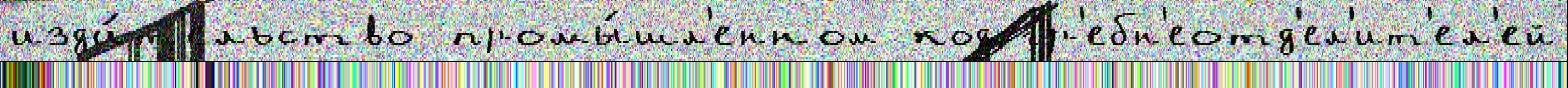
изда́т'ельство промы́шл'енном код гр'ебн'еотд'ел'ит'ел'ей